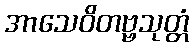
အာသေဝိတဗ္ဗသုတ္တံ